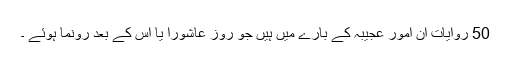
50 روایات ان امور عجیبہ کے بارے میں ہیں جو روز عاشورا یا اس کے بعد رونما ہوئے ۔